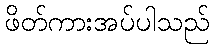
ဖိတ်ကားအပ်ပါသည်